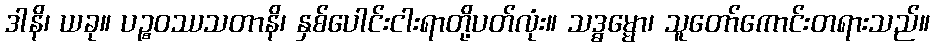
ဒါနိ၊ ယခု။ ပဉ္စဝဿသတာနိ၊ နှစ်ပေါင်းငါးရာတို့ပတ်လုံး။ သဒ္ဓမ္မော၊ သူတော်ကောင်းတရားသည်။